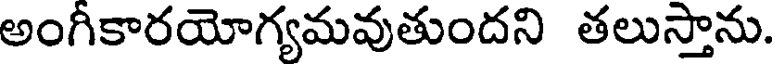
అంగికారయోగ్యమవుతుందని తలుస్తాను.